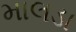
માલડા